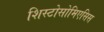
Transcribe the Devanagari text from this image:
शिस्टोसोमिएसिस